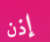
إذن